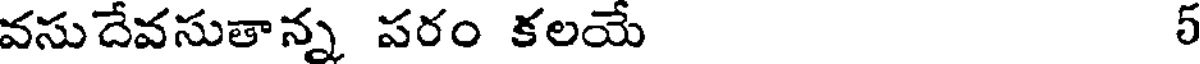
వసుదేవసుతాన్న పరం కలయే 5